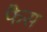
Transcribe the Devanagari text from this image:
फैस